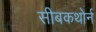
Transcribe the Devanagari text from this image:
सीबकथोर्न